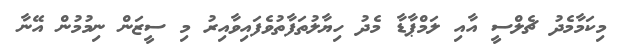
މިކަމާމެދު ޗެލްސީ އާއި ލަމްޕާޑާ މެދު ހިޔާލުތަފާތުވެފައިވާއިރު މި ސީޒަން ނިމުމުން އޭނާ